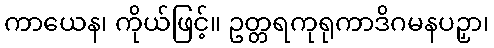
ကာယေန၊ ကိုယ်ဖြင့်။ ဥတ္တရကုရုကာဒိဂမနပဉှာ၊